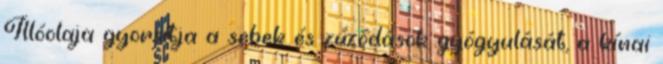
Illóolaja gyorsítja a sebek és zúzódások gyógyulását, a kínai